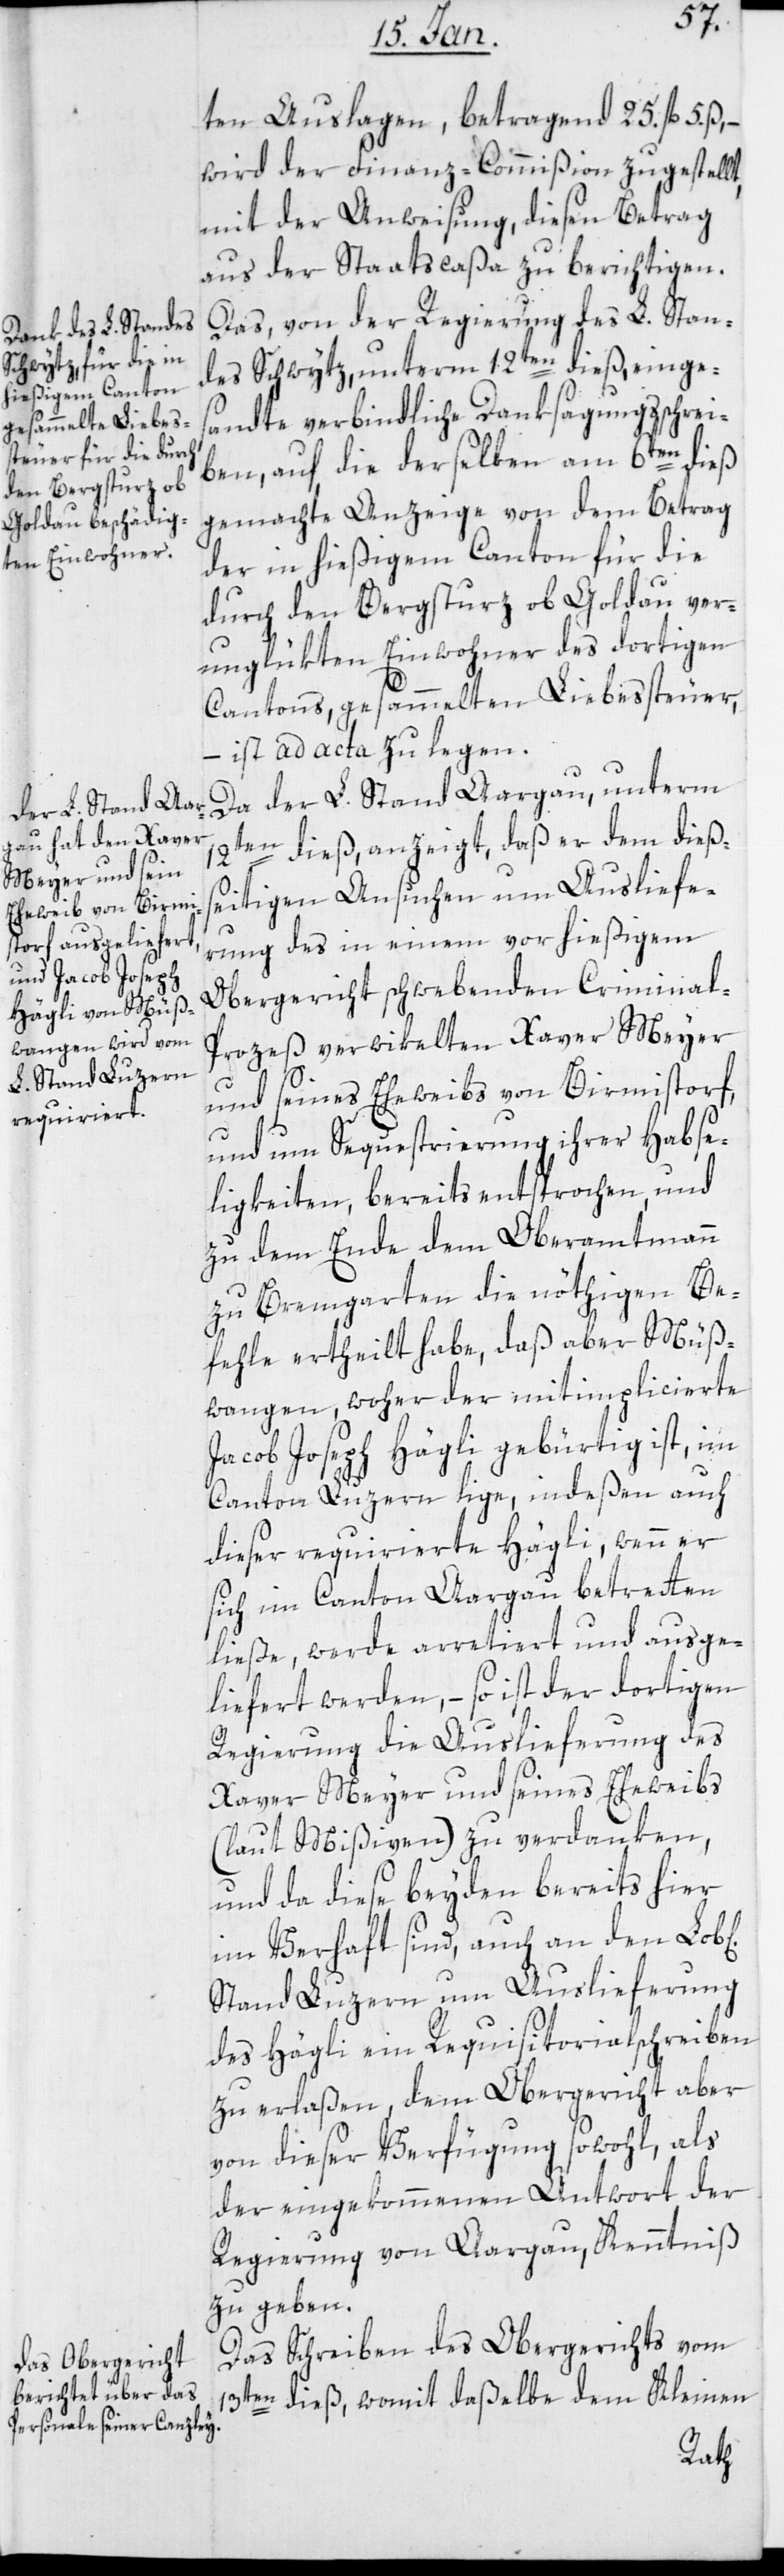
ten Auslagen, betragend 25. fl. 5. ß,
wird der Finanz-Commißion zugestellt,
mit der Anweisung, diesen Betrag
aus der Staatscaßa zu berichtigen.
Das von der Regierung des L. Stan¬
des Schwytz, unterm 12ten dieß, einges¬
andte verbindliche Danksagungsschrei¬
ben, auf die derselben am 6ten dieß
gemachte Anzeige von dem Betrag
der in hießigem Canton für die
durch den Bergsturz ob Goldau ver¬
unglückten Einwohner des dortigen
Cantons, gesammelten Liebessteuer,
– ist ad acta zu legen.
Da der L. Stand Aargau unterm
12ten dieß, anzeigt, daß er dem dieß¬
seitigen Ansuchen um Ausliefe¬
rung des in einem vor hießigem
Obergericht schwebenden Criminal-P¬
rozeß verwikelten Xaver Meyer
und seines Eheweibs von Birmistorf,
und um Sequestrierung ihrer Habse¬
ligkeiten, bereits entsprochen und
zu dem Ende dem Oberamtmann
zu Bremgarten die nöthigen Be¬
fehle erteilt habe, daß aber Müß¬
wangen, woher der mitimplicierte
Jacob Joseph Hägli gebürtig ist, im
Canton Luzern lige, indeßen auch
dieser requirierte Hägli, wenn er
sich im Canton Aargau betreten
ließe, werde arretiert und ausge¬
liefert werden, – so ist der dortigen
Regierung die Auslieferung des
Xaver Meyer und seines Eheweibs
(laut Mißiven) zu verdanken,
und da diese beyden bereits hier
im Verhaft sind, auch an den
Stand Luzern um Auslieferung
des Hägli ein Requisitorialschreiben
zu erlaßen, dem Obergericht aber
von dieser Verfügung sowohl als
der eingekommenen Antwort der
Regierung von Aargau, Kenntniß
zu geben.
Das Schreiben des Obergerichts vom
13ten dieß, womit dasselbe dem Kleinen
Rath